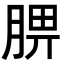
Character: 𦜠